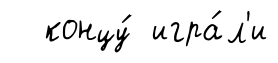
концу́ игра́л'и